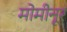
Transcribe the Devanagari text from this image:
मोमीनूर